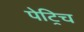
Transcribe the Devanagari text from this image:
पेट्रिच